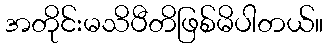
အတိုင်းမသိပီတိဖြစ်မိပါတယ်။